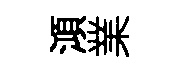
澒業